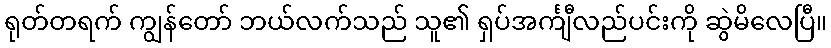
ရုတ်တရက် ကျွန်တော် ဘယ်လက်သည် သူ၏ ရှပ်အင်္ကျီလည်ပင်းကို ဆွဲမိလေပြီ။